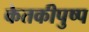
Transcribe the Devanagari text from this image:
केतकीपुष्प